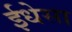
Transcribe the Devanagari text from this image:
ईधेसा